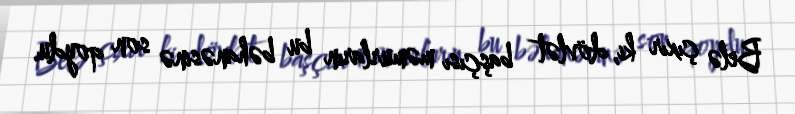
Belə çıxır ki, dövlət başçısı məmurların bu bəhanəsinə son qoydu.